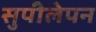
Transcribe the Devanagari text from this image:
सुपीलेपन